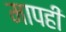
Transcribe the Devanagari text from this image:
मापही